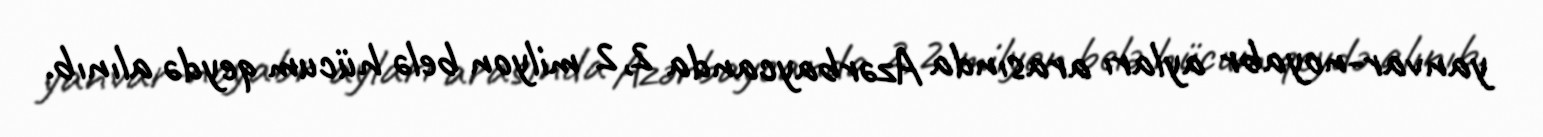
yanvar-noyabr ayları arasında Azərbaycanda 2,2 milyon belə hücum qeydə alınıb.